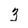
Character: 3